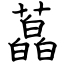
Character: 藠